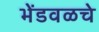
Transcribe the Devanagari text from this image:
भेंडवळचे